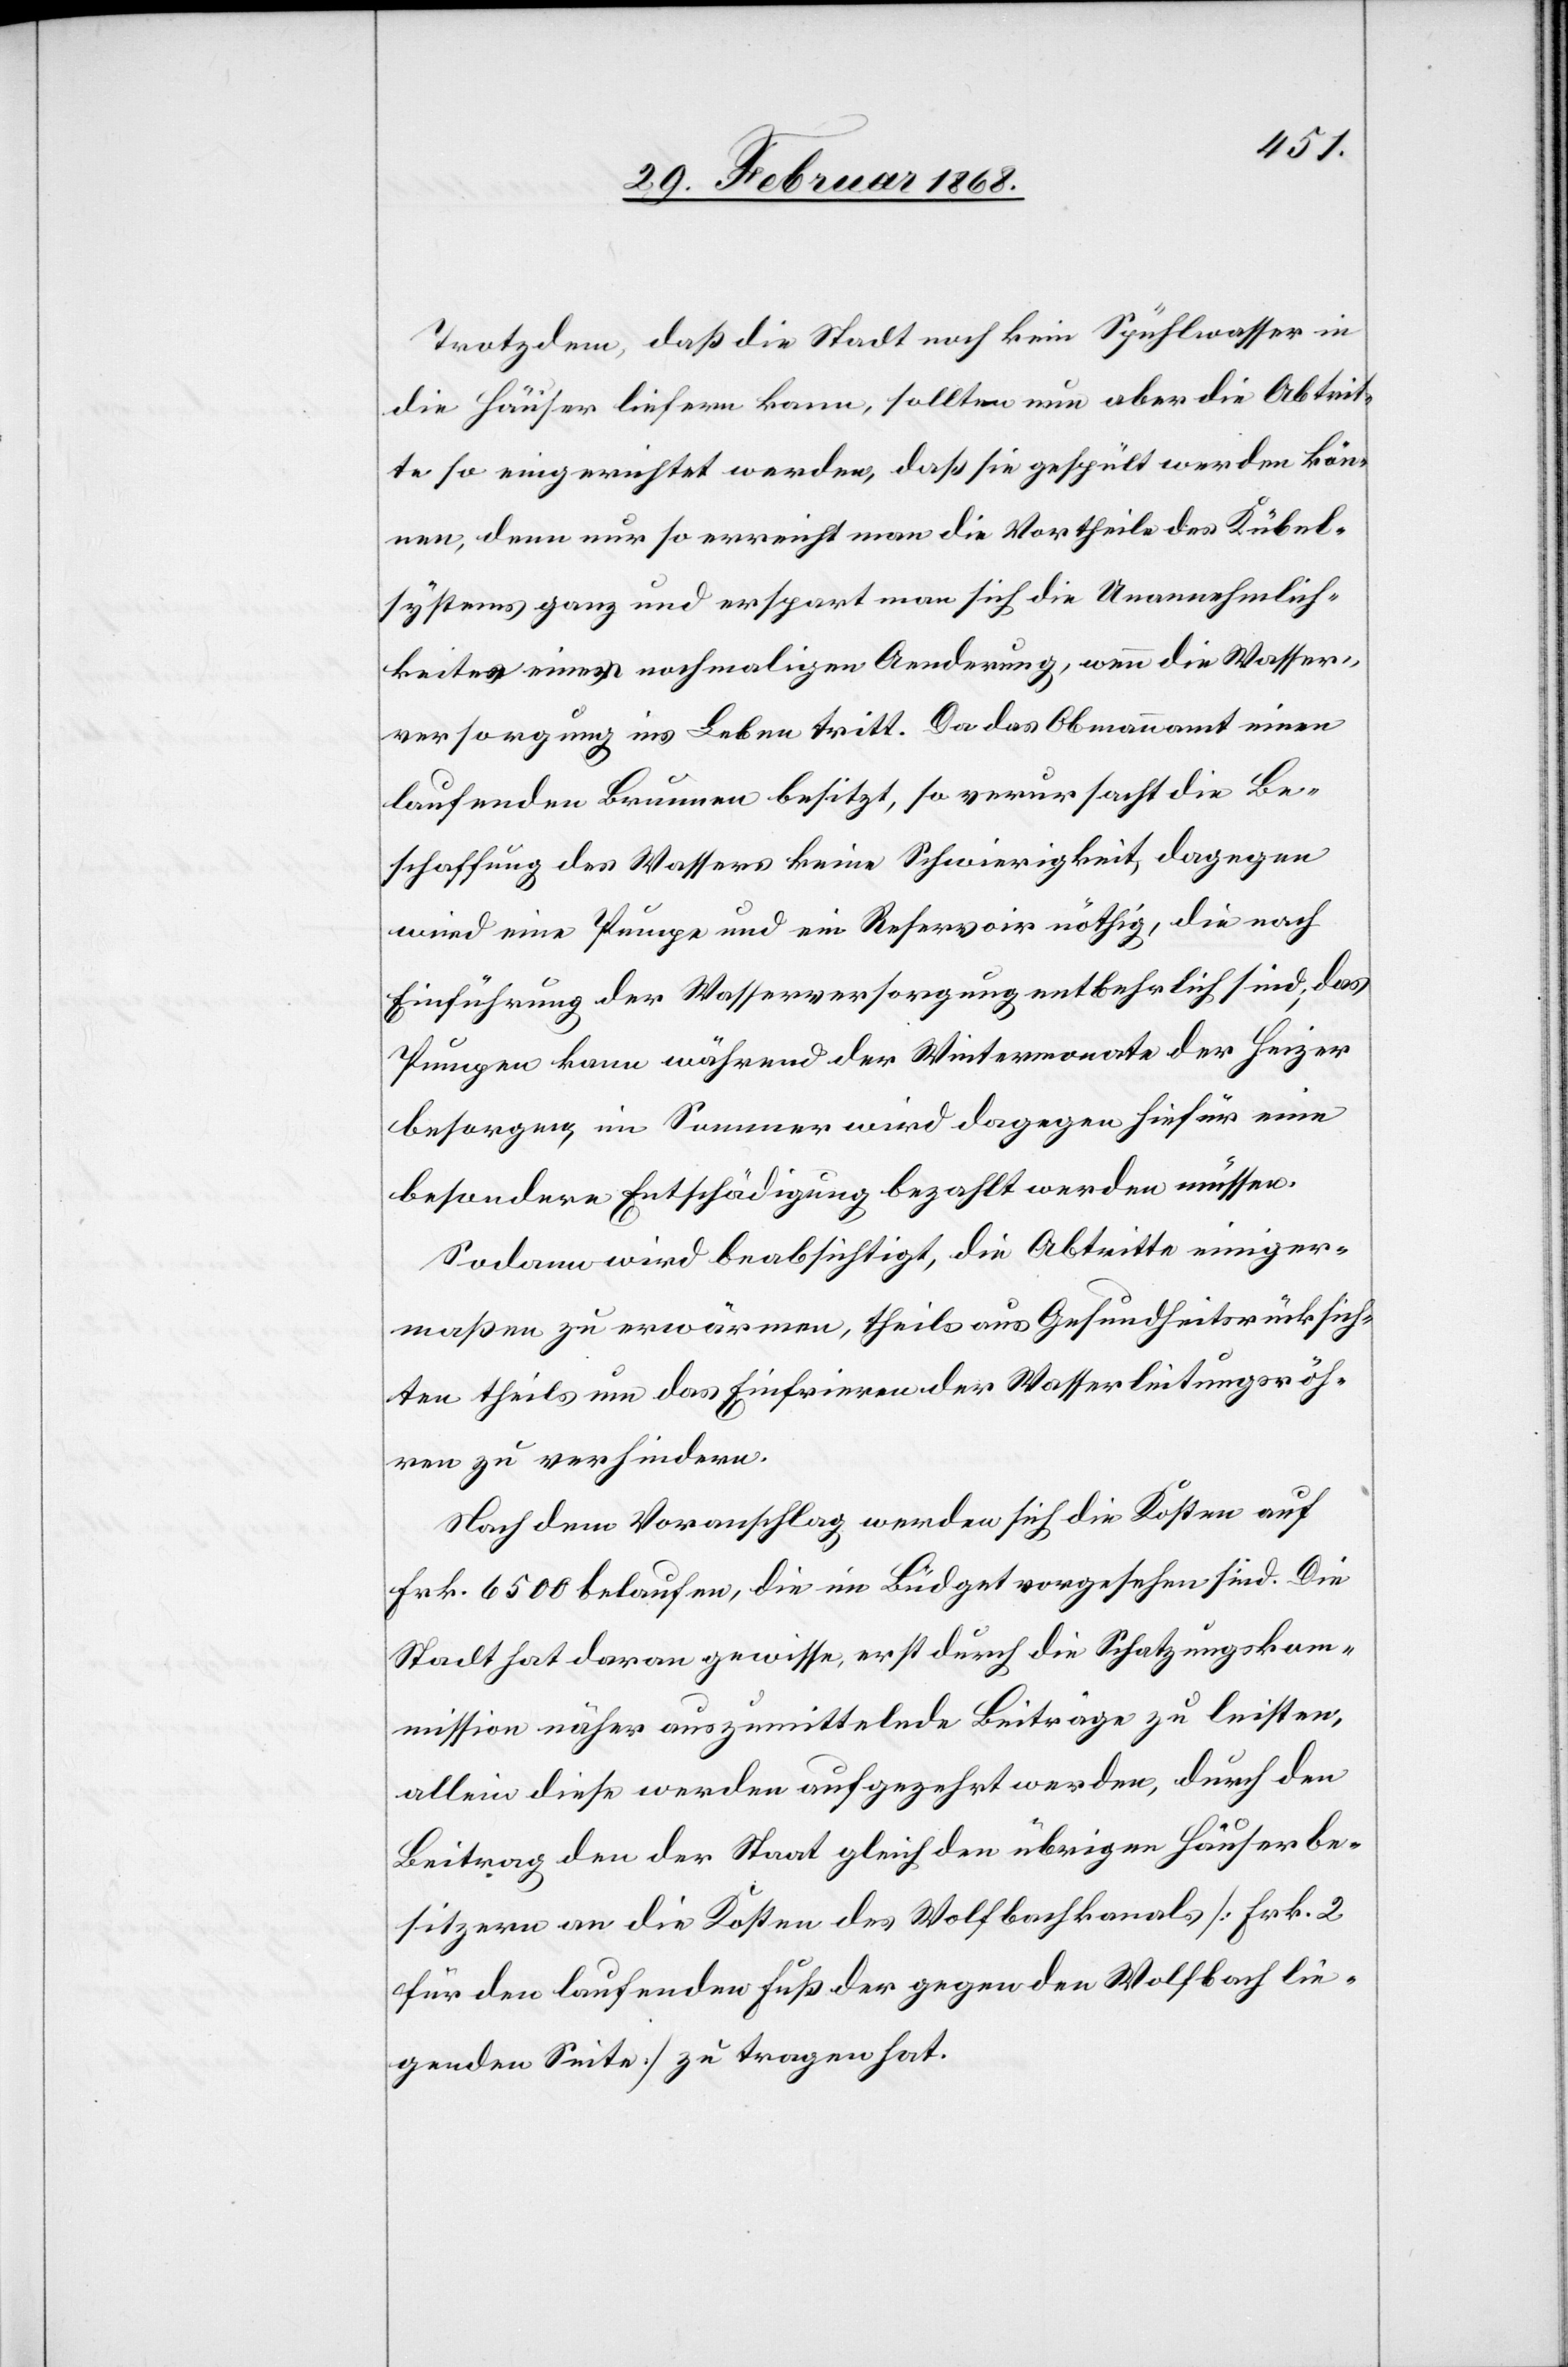
Trotzdem, daß die Stadt noch kein Spühlwasser in
die Häuser liefern kann, sollten nun aber die Abtrit¬
te so eingerichtet werden, daß sie gespült werden kön¬
nen, denn nur so erreicht man die Vortheile des Kübel¬
systems ganz und erspart man sich die Unannehmlich¬
keiten einer nochmaligen Aenderung, wenn die Wasser¬
versorgung ins Leben tritt. Da das Obmannamt einen
laufenden Brunnen besitzt, so verursacht die Be¬
schaffung des Wassers keine Schwierigkeit, dagegen
wird eine Pumpe und ein Reservoir nöthig, die nach
Einführung der Wasserversorgung entbehrlich sind; das
Pumpen kann während der Wintermonate der Heizer
besorgen, im Sommer wird dagegen hiefür eine
besondere Entschädigung bezahlt werden müssen.
Sodann wird beabsichtigt, die Abtritte einiger¬
maßen zu erwärmen, theils aus Gesundheitsrücksich¬
ten theils um das Einfrieren der Wasserleitungsröh¬
ren zu verhindern.
Nach dem Voranschlag werden sich die Kosten auf
Frk. 6500 belaufen, die im Büdget vorgesehen sind. Die
Stadt hat daran gewisse, erst durch die Schatzungskom¬
mission näher auszumittelnde Beiträge zu leisten,
allein diese werden aufgezehrt werden, durch den
Beitrag den der Staat gleich den übrigen Häuserbe¬
sitzern an die Kosten des Wolfbachkanals [Frk. 2
für den laufenden Fuß der gegen den Wolfbach lie¬
genden Seite] zu tragen hat.